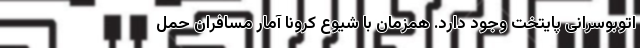
اتوبوسرانی پایتخت وجود دارد. همزمان با شیوع کرونا آمار مسافران حمل